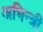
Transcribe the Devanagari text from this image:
अभिन्त्री